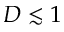
D \lesssim 1